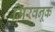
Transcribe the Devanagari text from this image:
मिरवनूक